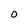
Character: 0